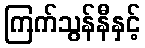
ကြက်သွန်နီနှင့်